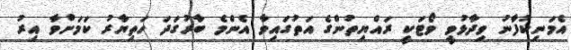
އެމަނިކުފާނު ވިދާޅުވީ ވޯޓަކީ ރައްޔިތުންގެ އަތުގައިވާ އެންމެ ބާރުގަދަ ހަތިޔާރު ކަމަށްވާ އިރު